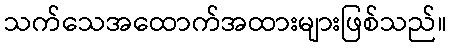
သက်သေအထောက်အထားများဖြစ်သည်။